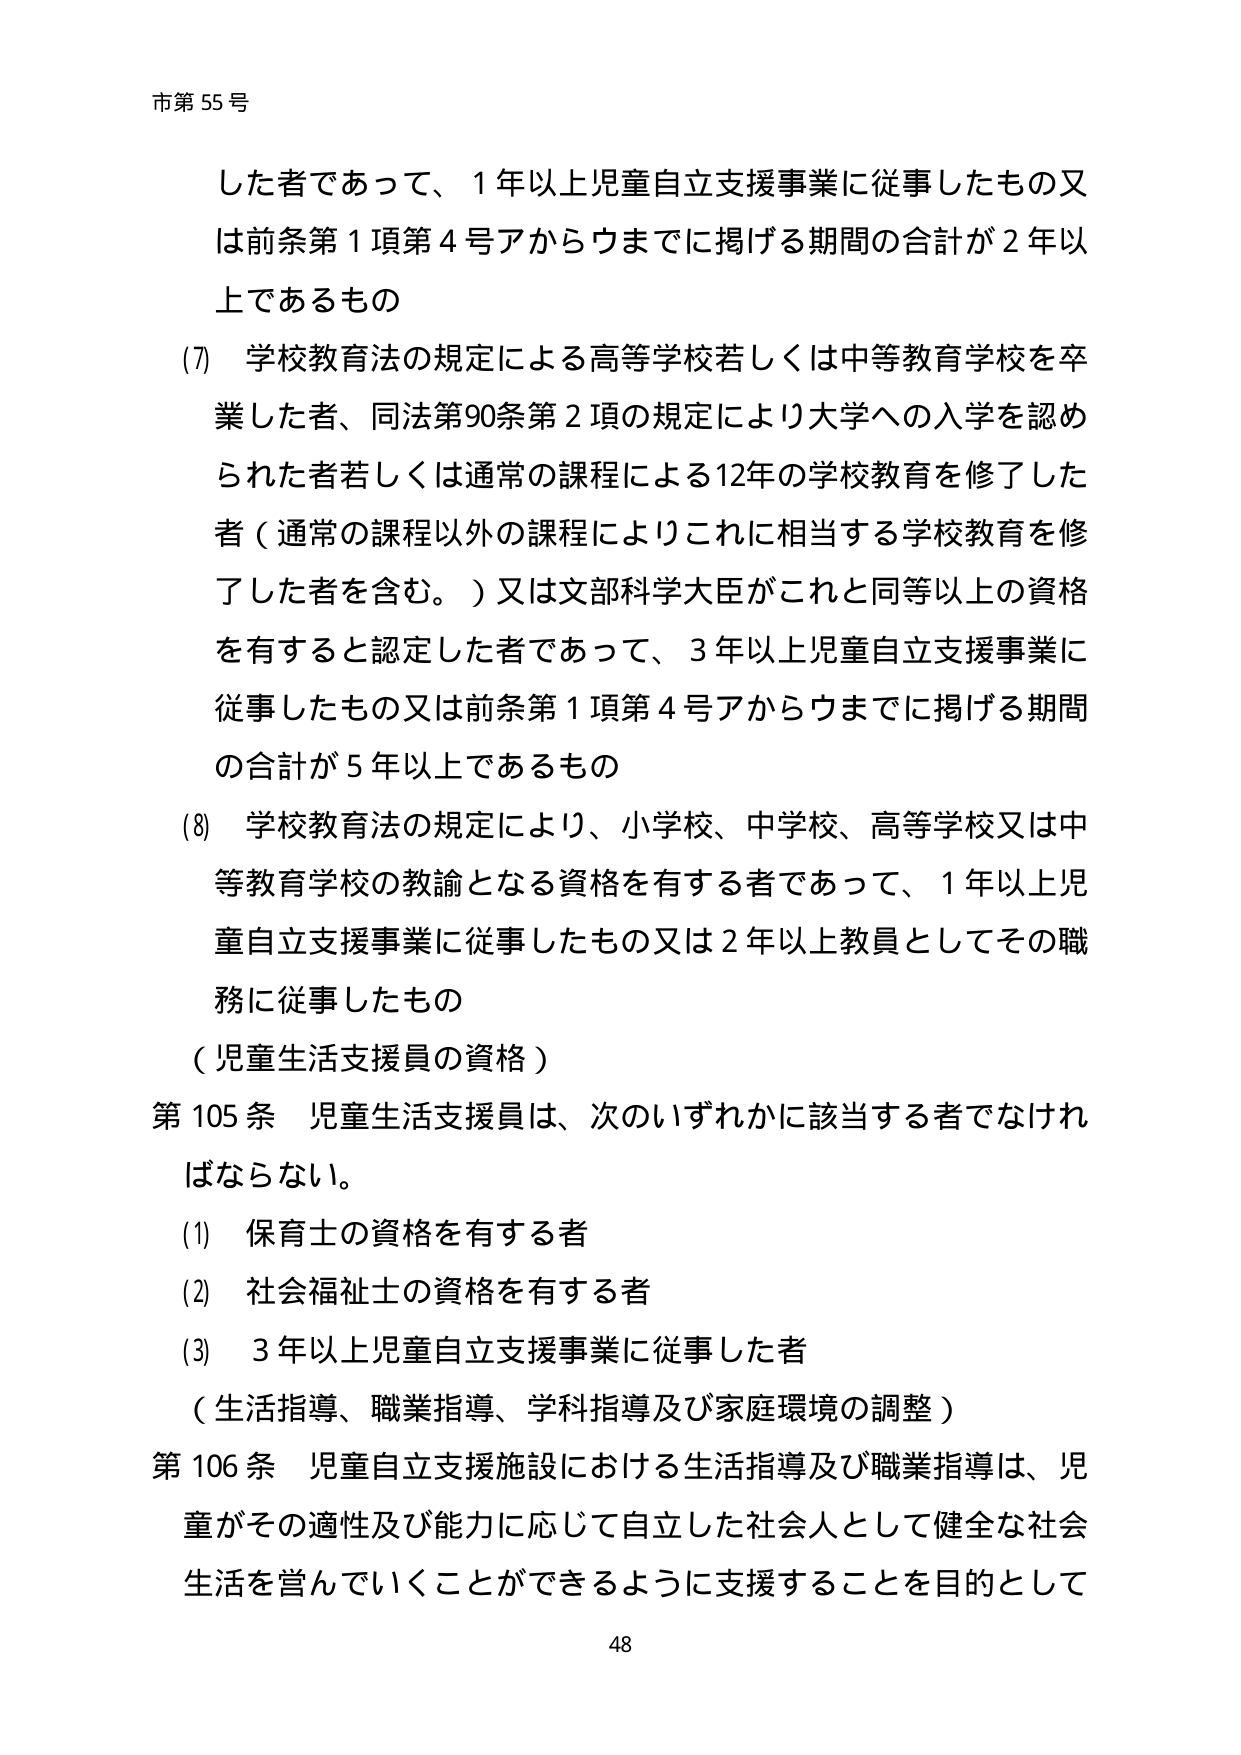
市第55号

した者であって、1年以上児童自立支援事業に従事したもの又は前条第1項第4号アからウまでに掲げる期間の合計が2年以上であるもの

(7) 学校教育法の規定による高等学校若しくは中等教育学校を卒業した者、同法第90条第2項の規定により大学への入学を認められた者若しくは通常の課程による12年の学校教育を修了した者（通常の課程以外の課程によりこれに相当する学校教育を修了した者を含む。）又は文部科学大臣がこれと同等以上の資格を有すると認定した者であって、3年以上児童自立支援事業に従事したもの又は前条第1項第4号アからウまでに掲げる期間の合計が5年以上であるもの

(8) 学校教育法の規定により、小学校、中学校、高等学校又は中等教育学校の教諭となる資格を有する者であって、1年以上児童自立支援事業に従事したもの又は2年以上教員としてその職務に従事したもの

（児童生活支援員の資格）

第105条 児童生活支援員は、次のいずれかに該当する者でなければならない。

(1) 保育士の資格を有する者

(2) 社会福祉士の資格を有する者

(3) 3年以上児童自立支援事業に従事した者

（生活指導、職業指導、学科指導及び家庭環境の調整）

第106条 児童自立支援施設における生活指導及び職業指導は、児童がその適性及び能力に応じて自立した社会人として健全な社会生活を営んでいくことができるように支援することを目的として

48